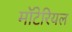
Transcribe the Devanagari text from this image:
मॉटेरियल